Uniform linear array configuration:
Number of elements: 4
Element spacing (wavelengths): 0.25
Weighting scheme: cosine
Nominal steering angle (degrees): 0
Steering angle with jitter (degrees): -0.281
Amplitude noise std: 0.05
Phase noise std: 0.05

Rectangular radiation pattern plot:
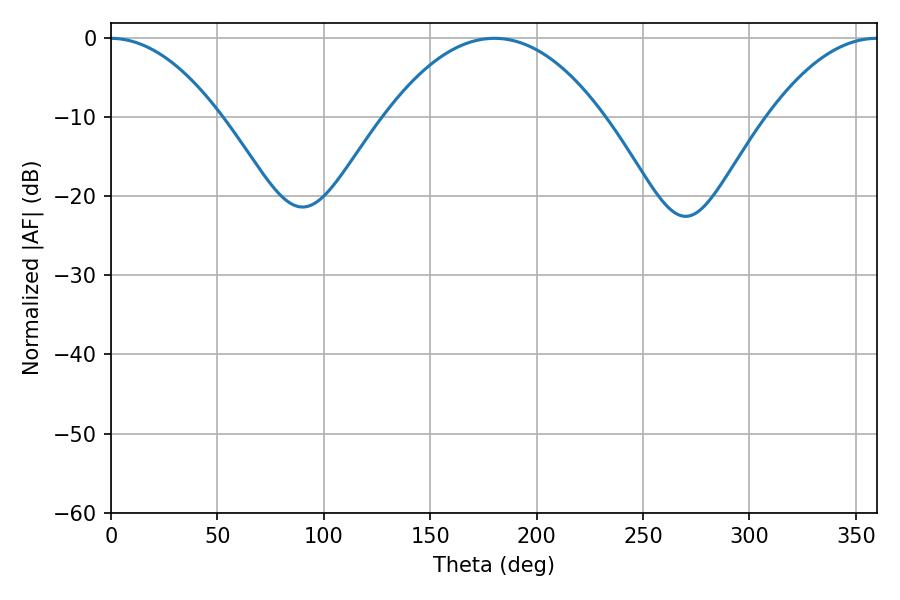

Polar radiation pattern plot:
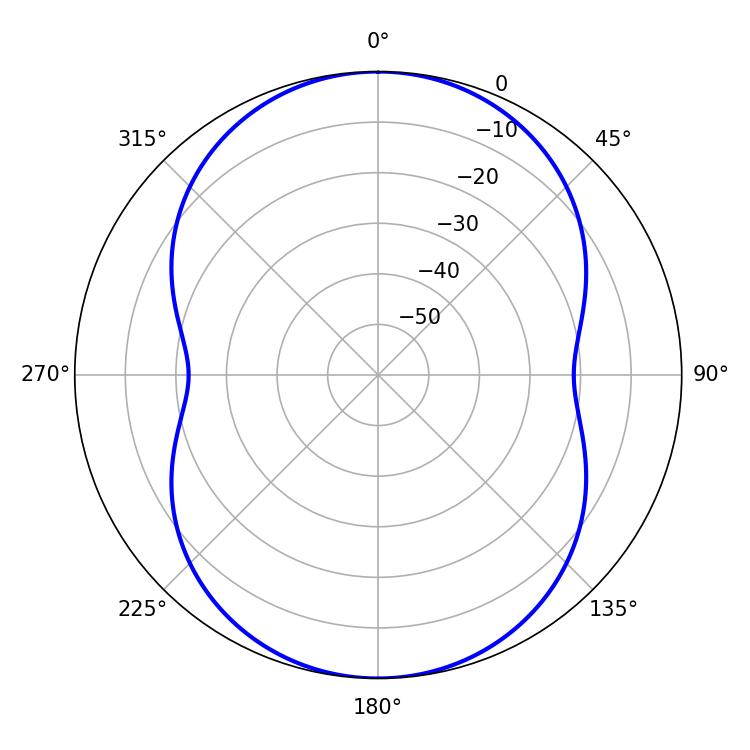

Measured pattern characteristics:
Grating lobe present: FALSE
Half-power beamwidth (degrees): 56.88
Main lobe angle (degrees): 180.18